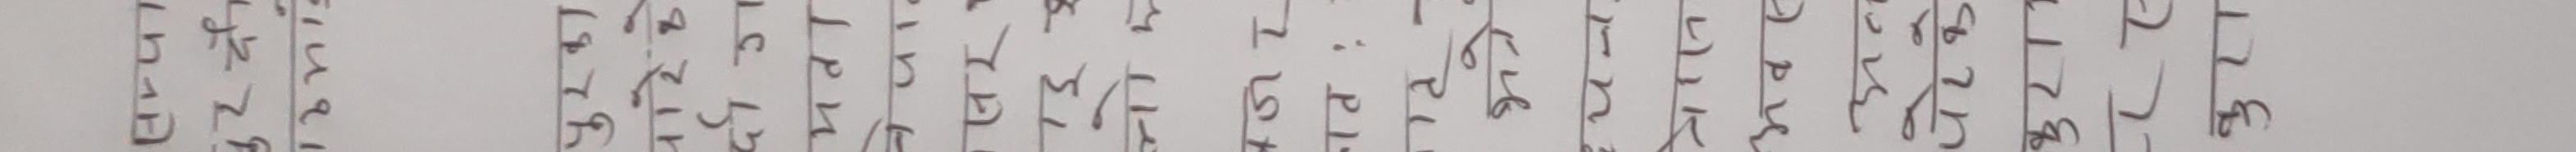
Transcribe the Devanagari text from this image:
र ए ल य त छ ह ए क र
प ल स भ र ज द र स न
प ल ट त न द प र च म
म त ह न प म च त प य
द ए क त न ह न ल ज भ
स ल प ल स च त म ए र
म र ए क य ल ग त स न
प ल य स द य ल स त न
ब ज क ग प म य ल त स
च त प म व र ल प त य
५ १ २ ४ २ ४ ८ ३ २